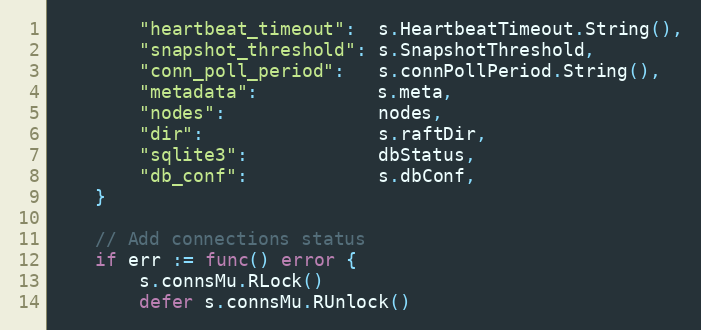
Language: Go
		"heartbeat_timeout":  s.HeartbeatTimeout.String(),
		"snapshot_threshold": s.SnapshotThreshold,
		"conn_poll_period":   s.connPollPeriod.String(),
		"metadata":           s.meta,
		"nodes":              nodes,
		"dir":                s.raftDir,
		"sqlite3":            dbStatus,
		"db_conf":            s.dbConf,
	}

	// Add connections status
	if err := func() error {
		s.connsMu.RLock()
		defer s.connsMu.RUnlock()